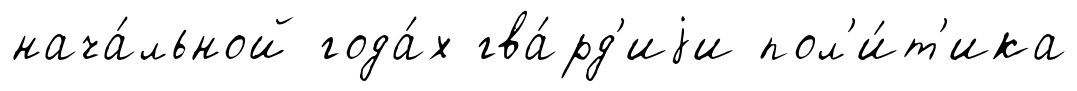
нача́льной года́х гва́рд'иjи пол'и́т'ика